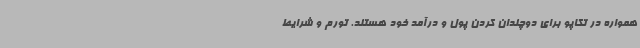
همواره در تکاپو برای دوچندان کردن پول و درآمد خود هستند. تورم و شرایط